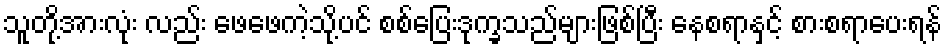
သူတို့အားလုံး လည်း ဖေဖေကဲ့သို့ပင် စစ်ပြေးဒုက္ခသည်များဖြစ်ပြီး နေစရာနှင့် စားစရာပေးရန်